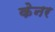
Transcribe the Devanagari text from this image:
केनर